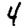
Digit: 4